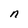
Character: n